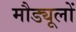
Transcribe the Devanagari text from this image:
मौड्यूलों